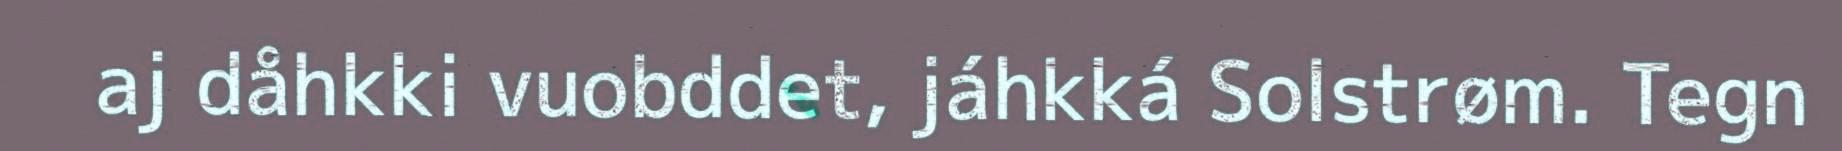
aj dåhkki vuobddet, jáhkká Solstrøm. Tegn